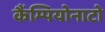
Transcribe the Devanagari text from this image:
कैंम्पियोनाटो